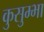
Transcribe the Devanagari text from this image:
कुसुम्भा